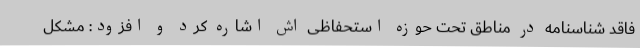
فاقد شناسنامه در مناطق تحت حوزه استحفاظی اش اشاره کرد و افزود: مشکل